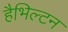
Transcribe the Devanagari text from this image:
हैभिल्टन